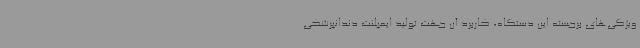
ویژگی‌های برجسته این دستگاه، کاربرد آن جهت تولید ایمپلنت دندانپزشکی